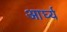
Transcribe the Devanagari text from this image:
आर्घ्य